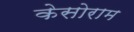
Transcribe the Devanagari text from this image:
केसोराम